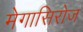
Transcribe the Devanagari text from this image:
मेगासिरोज